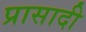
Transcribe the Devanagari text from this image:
प्रासादी